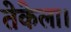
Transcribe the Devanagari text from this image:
तेकेला।